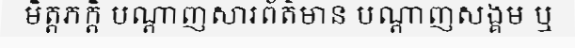
មិត្តភក្តិ បណ្តាញសារព័ត៌មាន បណ្តាញសង្គម ឬ